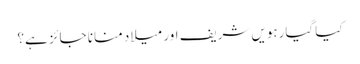
کیا گیارہویں شریف اور میلاد منانا جائز ہے؟